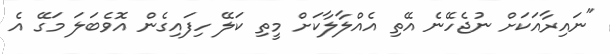
"ނައިރާއަކަށް ނުޖެހޭނެ އޭތި އެއްލާލާކަށް މީތި ކަލޭ ހިފައިގެން އޮވެބަލަ މަގޭ އެ